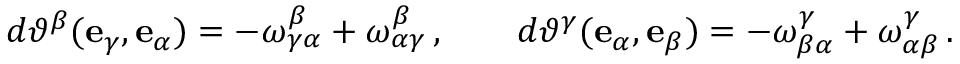
d \vartheta ^ { \beta } ( \mathbf { e } _ { \gamma } , \mathbf { e } _ { \alpha } ) = - \omega ^ { \beta } _ { \gamma \alpha } + \omega ^ { \beta } _ { \alpha \gamma } \, , \qquad d \vartheta ^ { \gamma } ( \mathbf { e } _ { \alpha } , \mathbf { e } _ { \beta } ) = - \omega ^ { \gamma } _ { \beta \alpha } + \omega ^ { \gamma } _ { \alpha \beta } \, .